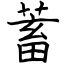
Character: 蓄